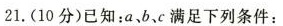
21.(10分)已知：a、b、c满足下列条件：